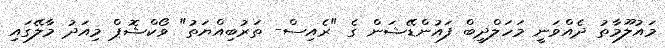
މައުލޫމާތު ދެއްވަނީ މަހަލްދީބް ފައުންޑޭޝަން ގެ "ރެއިސް- ތަރުބިއްޔަތު" ވޯކްޝޮޕް މިއަދު މާލޭގައި